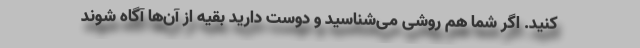
کنید. اگر شما هم روشی می‌شناسید و دوست دارید بقیه از آن‌ها آگاه شوند